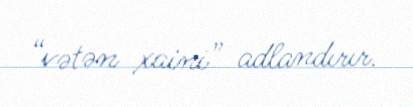
“vətən xaini” adlandırır.